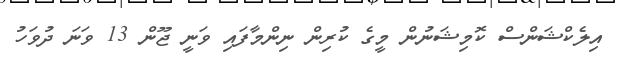
އިލެކްޝަންސް ކޮމިޝަނުން މީގެ ކުރިން ނިންމާފައި ވަނީ ޖޫން 13 ވަނަ ދުވަހު